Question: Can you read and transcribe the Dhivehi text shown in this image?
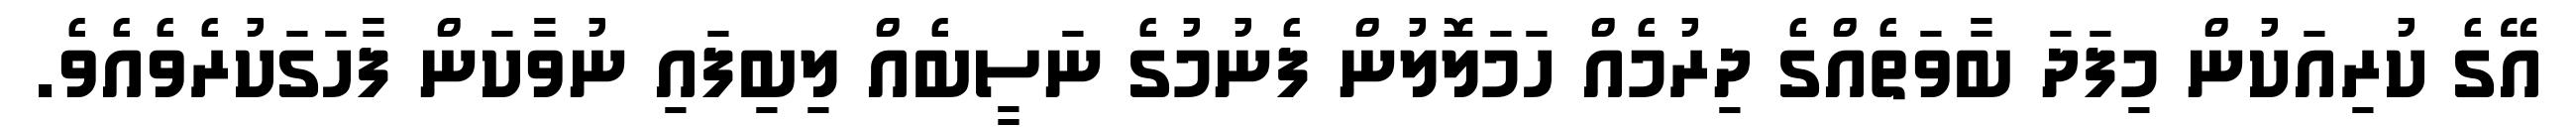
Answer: އޭގެ ކުރިއަކުން މިފަދަ ބާވަތެއްގެ ދިރުމެއް ހަމަލޮލުން ފެނުމުގެ ނަސީބެއް ލިބިފައި ނުވާކަން ފާހަގަކުރެވެއެވެ.